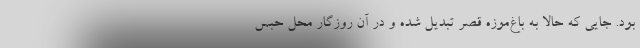
بود. جایی که حالا به باغ‌موزه قصر تبدیل شده و در آن روزگار محل حبس